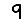
Digit: 9